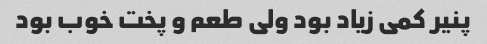
پنیر کمی زیاد بود ولی طعم و پخت خوب بود